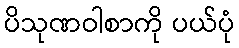
ပိသုဏဝါစာကို ပယ်ပုံ